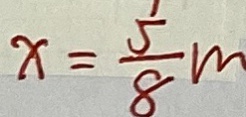
x = \frac { 5 } { 8 } m